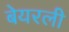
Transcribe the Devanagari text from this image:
बेयरली